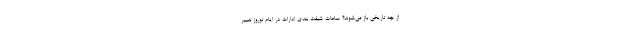
از چه تاریخی باز می‌شوند؟ ساعات شیفت بندی ادارات در ایام نوروز تغییر